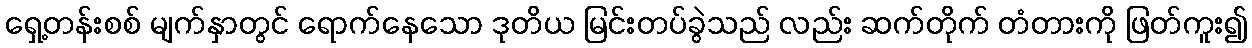
ရှေ့တန်းစစ် မျက်နှာတွင် ရောက်နေသော ဒုတိယ မြင်းတပ်ခွဲသည် လည်း ဆက်တိုက် တံတားကို ဖြတ်ကူး၍